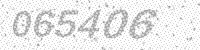
Solution: 065406